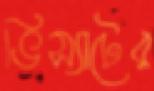
ভিস্যাটের